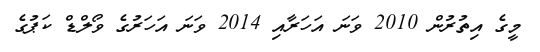
މީގެ އިތުރުން 2010 ވަނަ އަހަރާއި 2014 ވަނަ އަހަރުގެ ވޯލްޑް ކަޕުގެ